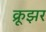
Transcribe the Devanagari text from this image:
क्रूझर